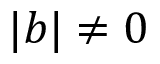
| b | \ne 0